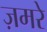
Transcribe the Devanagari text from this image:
ज़मरे